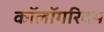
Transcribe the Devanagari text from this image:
कॉलॉगरिदम